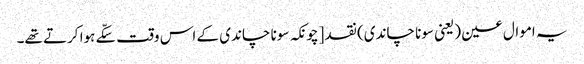
یہ اموال عین (یعنی سونا چاندی) نقد [چونکہ سونا چاندی کے اس وقت سکّے ہوا کرتے تھے۔